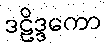
ဒဠိဒ္ဒကော